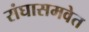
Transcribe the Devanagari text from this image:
संघासमवेत